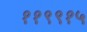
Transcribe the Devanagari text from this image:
११९९१५